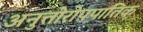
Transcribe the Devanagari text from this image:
अनुत्तोरोपपातिक